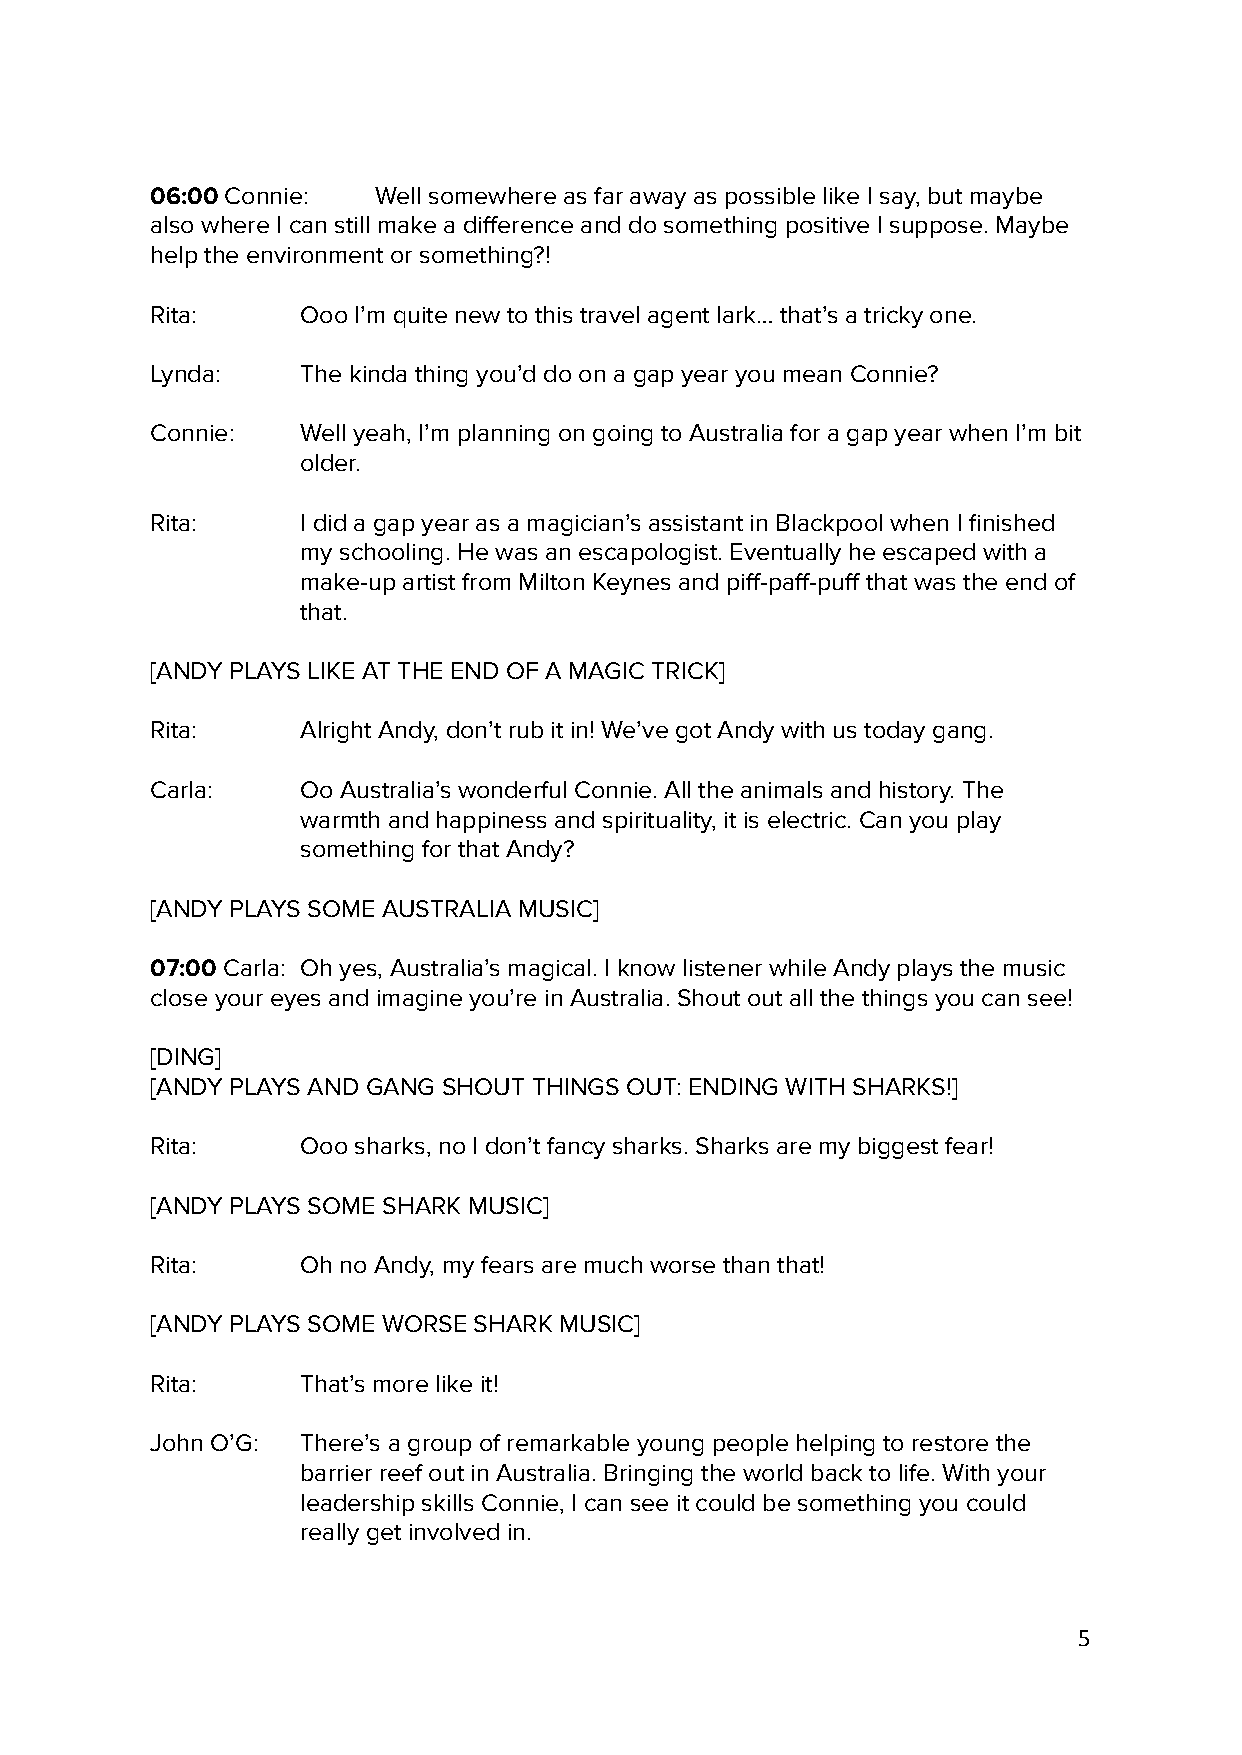
06:00 Connie:  Well somewhere as far away as possible like I say, but maybe
 also where I can still make a difference and do something positive I suppose. Maybe
 help the environment or something?!
 Rita:     Ooo I’m quite new to this travel agent lark… that’s a tricky one.
 Lynda:    The kinda thing you’d do on a gap year you mean Connie?
 Connie:   Well yeah, I’m planning on going to Australia for a gap year when I’m bit
 older.
 Rita:     I did a gap year as a magician’s assistant in Blackpool when I finished
 my schooling. He was an escapologist. Eventually he escaped with a
 make-up artist from Milton Keynes and piff-paff-puff that was the end of
 that.
 [ANDY PLAYS LIKE AT THE END OF A MAGIC TRICK]
 Rita:     Alright Andy, don’t rub it in! We’ve got Andy with us today gang.
 Carla:    Oo Australia’s wonderful Connie. All the animals and history. The
 warmth and happiness and spirituality, it is electric. Can you play
 something for that Andy?
 [ANDY PLAYS SOME AUSTRALIA MUSIC]
 07:00 Carla: Oh yes, Australia’s magical. I know listener while Andy plays the music
 close your eyes and imagine you’re in Australia. Shout out all the things you can see!
 [DING]
 [ANDY PLAYS AND GANG SHOUT THINGS OUT: ENDING WITH SHARKS!]
 Rita:     Ooo sharks, no I don’t fancy sharks. Sharks are my biggest fear!
 [ANDY PLAYS SOME SHARK MUSIC]
 Rita:     Oh no Andy, my fears are much worse than that!
 [ANDY PLAYS SOME WORSE SHARK MUSIC]
 Rita:     That’s more like it!
 John O’G: There’s a group of remarkable young people helping to restore the
 barrier reef out in Australia. Bringing the world back to life. With your
 leadership skills Connie, I can see it could be something you could
 really get involved in.
 5